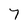
Character: 7